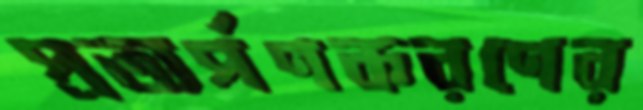
প্রত্যর্পণকরণের